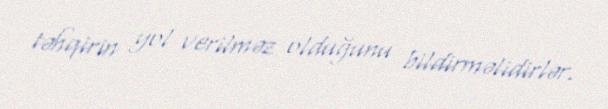
təhqirin yol verilməz olduğunu bildirməlidirlər.